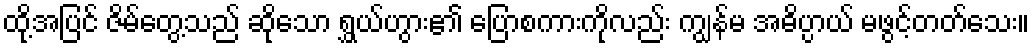
ထို့အပြင် ဇိမ်တွေ့သည် ဆိုသော ရွှယ်ဟွား၏ ပြောစကားကိုလည်း ကျွန်မ အဓိပ္ပာယ် မဖွင့်တတ်သေး။